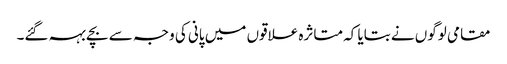
مقامی لوگوں نے بتایا کہ متاثرہ علاقوں میں پانی کی وجہ سے بچے بہہ گئے۔